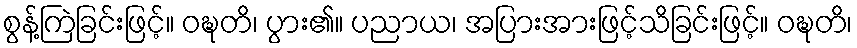
စွန့်ကြဲခြင်းဖြင့်။ ဝဍ္ဎတိ၊ ပွား၏။ ပညာယ၊ အပြားအားဖြင့်သိခြင်းဖြင့်။ ဝဍ္ဎတိ၊